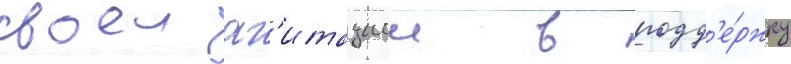
своеи аг'итациеи в подд'е́ржку